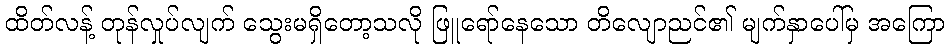
ထိတ်လန့် တုန်လှုပ်လျက် သွေးမရှိတော့သလို ဖြူရော်နေသော တိလျောညင်၏ မျက်နှာပေါ်မှ အကြော